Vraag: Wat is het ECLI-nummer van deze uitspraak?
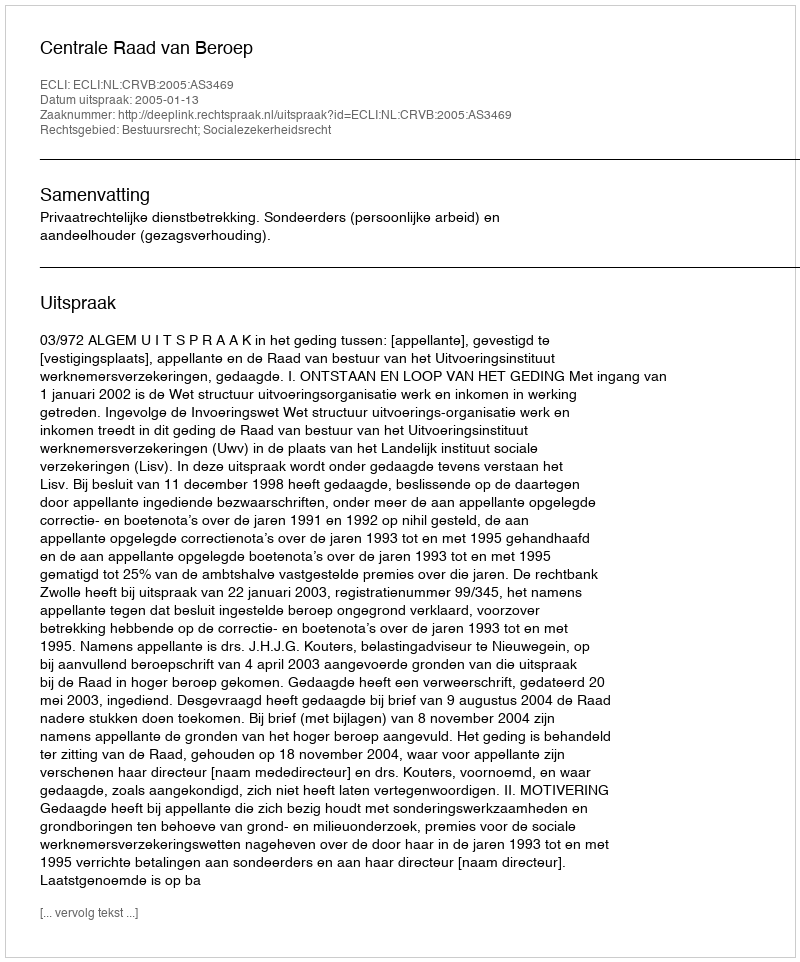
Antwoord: ECLI:NL:CRVB:2005:AS3469